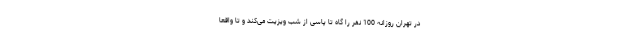
در تهران روزانه 100 نفر را گاه تا پاسی از شب ویزیت می‌کند و تا واقعا